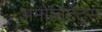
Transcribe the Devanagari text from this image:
अमोनिटेट्स